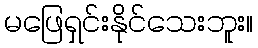
မဖြေရှင်းနိုင်သေးဘူး။